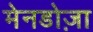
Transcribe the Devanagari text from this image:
मेनडोज़ा